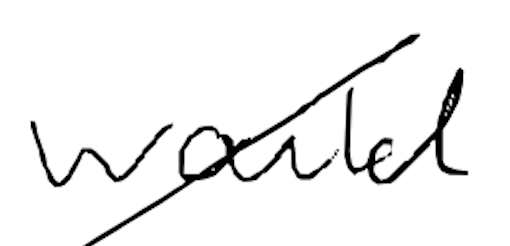
Text: would
Cross-out: diagonal
Writing tool: digital_black